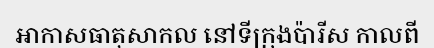
អាកាសធាតុសាកល នៅទីក្រុងប៉ារីស កាលពី